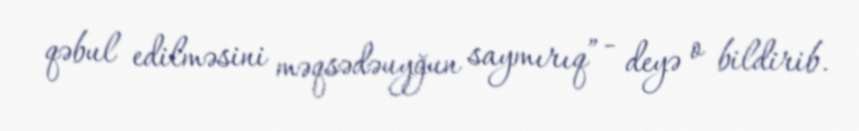
qəbul edilməsini məqsədəuyğun saymırıq” - deyə o bildirib.